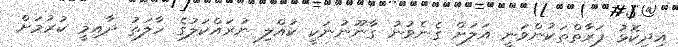
އިދިކޮޅު ފަރާތްތަކުންވަނީ އަލަށް ގެނެވުނު ގާނޫނުނަކީ ކުއްލި ނުރައްކަލުގެ ހާލަތު ދާއިމީ ކުރުމަށް